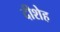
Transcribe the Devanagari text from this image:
दीशेह